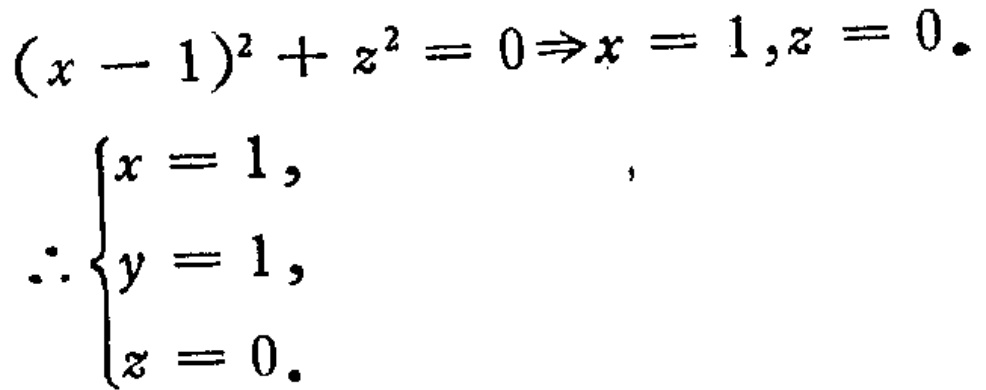
\((x - 1)^2 + z^2 = 0\Rightarrow x = 1,z = 0.\)
\(\therefore\begin{cases}
x = 1,\\
y = 1,\\
z = 0.
\end{cases}\)